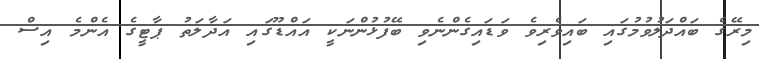
މިރޭގެ ބައްދަލުވުމުގައި ބައިވެރިވެ ވަޑައިގެންނެވި ބޭފުޅުންނަކީ އައްޑޫގައި އަދާލަތު ޕާޓީގެ އެންމެ އިސް